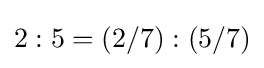
2:5=(2/7):(5/7)